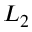
L _ { 2 }